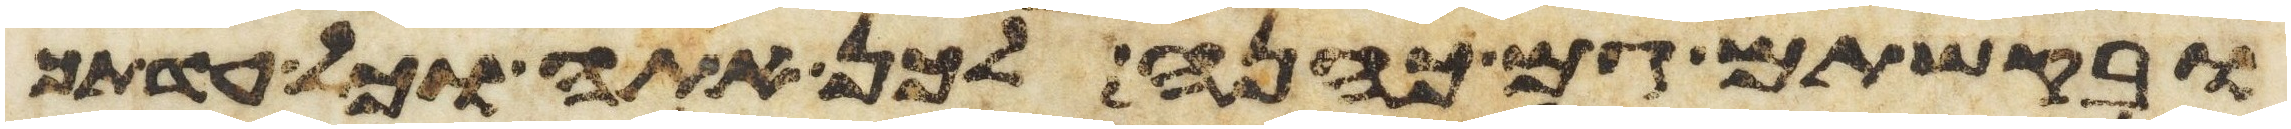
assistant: ובקשתם גם כהנה לכן אתה וכל עדתך